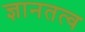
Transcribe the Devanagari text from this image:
ज्ञानतत्व